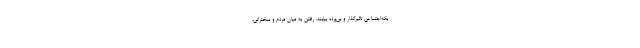
بكه‌اجتماعي تاثيرگذار و بي‌پرده بيايند. رفتن به ميان مردم و سخنراني،